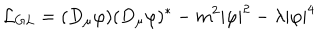
{ \cal L } _ { G L } = ( D _ { \mu } \varphi ) ( D _ { \mu } \varphi ) ^ { \ast } - m ^ { 2 } | \varphi | ^ { 2 } - \lambda | \varphi | ^ { 4 }